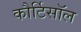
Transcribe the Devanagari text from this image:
कौर्टिसॉल